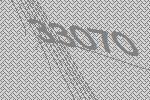
33070